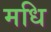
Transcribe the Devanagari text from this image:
मधि